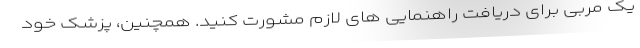
یک مربی برای دریافت راهنمایی های لازم مشورت کنید. همچنین، پزشک خود